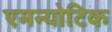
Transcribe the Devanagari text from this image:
एमन्योटिक